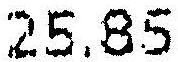
25.85